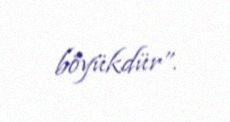
böyükdür”.